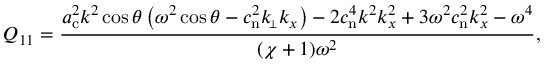
Q _ { 1 1 } = \frac { a _ { \mathrm { c } } ^ { 2 } k ^ { 2 } \cos \theta \left( \omega ^ { 2 } \cos \theta - c _ { \mathrm { n } } ^ { 2 } k _ { \scriptscriptstyle \! \perp } k _ { x } \right) - 2 c _ { \mathrm { n } } ^ { 4 } k ^ { 2 } k _ { x } ^ { 2 } + 3 \omega ^ { 2 } c _ { \mathrm { n } } ^ { 2 } k _ { x } ^ { 2 } - \omega ^ { 4 } } { ( \chi + 1 ) \omega ^ { 2 } } ,